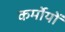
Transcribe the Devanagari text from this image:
कर्मोयों